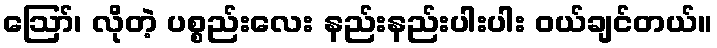
ဪ၊ လိုတဲ့ ပစ္စည်းလေး နည်းနည်းပါးပါး ဝယ်ချင်တယ်။